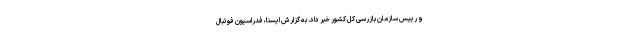
و رییس سازمان بازرسی کل کشور خبر داد. به گزارش ایسنا، فدراسیون فوتبال